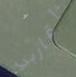
أقاربي